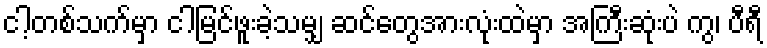
ငါ့တစ်သက်မှာ ငါမြင်ဖူးခဲ့သမျှ ဆင်တွေအားလုံးထဲမှာ အကြီးဆုံးပဲ ကွ၊ ပီရီ